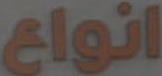
انواع